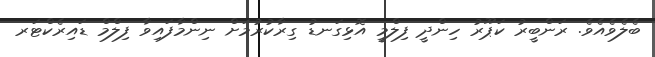
ބެލެވެއެވެ. ރަންބީރު ކަޕޫރު ހިންދީ ފިލްމީ އޮޅިގަނޑު ގިރާކުރުމަށް ނިންމާފައިވާ ފިލްމް ޑައިރެކްޓަރ